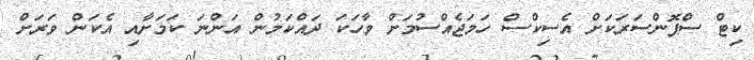
ކިޓް ސްޕޮންސަރަކަށް އެސިކްސް ހަމަޖެއްސުމަށް ވާހަކަ ދައްކަމުން އަންނަ ކަމަށާއި އެކަން ވަރަށް